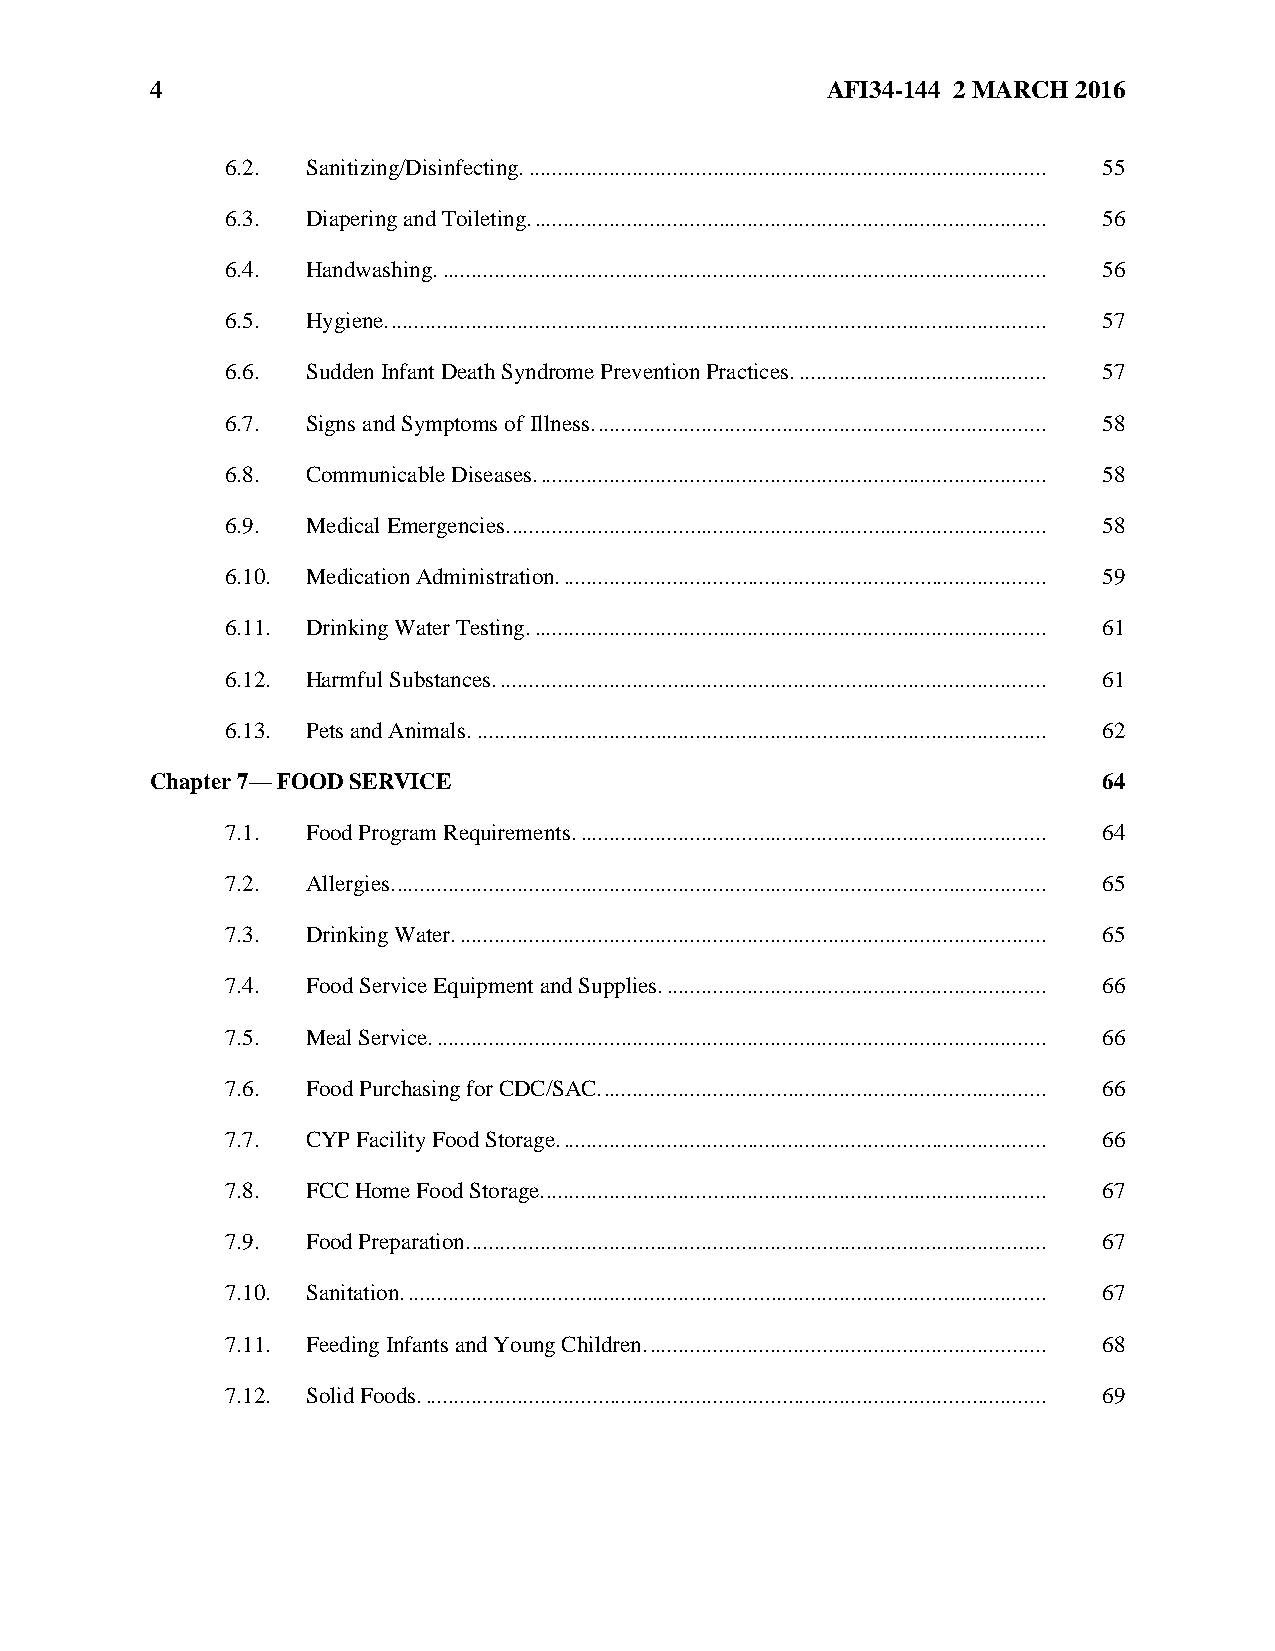
4                                            AFI34-144 2 MARCH 2016
 6.2. Sanitizing/Disinfecting. .......................................................................................... 55
 6.3. Diapering and Toileting. ......................................................................................... 56
 6.4. Handwashing. ......................................................................................................... 56
 6.5. Hygiene. .................................................................................................................. 57
 6.6. Sudden Infant Death Syndrome Prevention Practices. ........................................... 57
 6.7. Signs and Symptoms of Illness. .............................................................................. 58
 6.8. Communicable Diseases. ........................................................................................ 58
 6.9. Medical Emergencies. ............................................................................................. 58
 6.10. Medication Administration. .................................................................................... 59
 6.11. Drinking Water Testing. ......................................................................................... 61
 6.12. Harmful Substances. ............................................................................................... 61
 6.13. Pets and Animals. ................................................................................................... 62
 Chapter 7— FOOD SERVICE                                        64
 7.1. Food Program Requirements. ................................................................................. 64
 7.2. Allergies. ................................................................................................................. 65
 7.3. Drinking Water. ...................................................................................................... 65
 7.4. Food Service Equipment and Supplies. .................................................................. 66
 7.5. Meal Service. .......................................................................................................... 66
 7.6. Food Purchasing for CDC/SAC. ............................................................................. 66
 7.7. CYP Facility Food Storage. .................................................................................... 66
 7.8. FCC Home Food Storage. ....................................................................................... 67
 7.9. Food Preparation. .................................................................................................... 67
 7.10. Sanitation. ............................................................................................................... 67
 7.11. Feeding Infants and Young Children. ..................................................................... 68
 7.12. Solid Foods. ............................................................................................................ 69